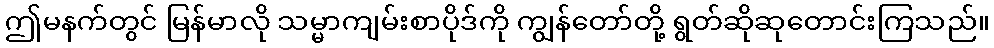
ဤမနက်တွင် မြန်မာလို သမ္မာကျမ်းစာပိုဒ်ကို ကျွန်တော်တို့ ရွတ်ဆိုဆုတောင်းကြသည်။